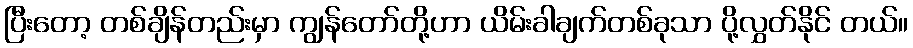
ပြီးတော့ တစ်ချိန်တည်းမှာ ကျွန်တော်တို့ဟာ ယိမ်းခါချက်တစ်ခုသာ ပို့လွှတ်နိုင် တယ်။